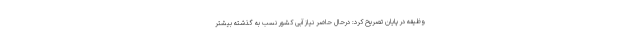
وظیفه در پایان تصریح کرد: درحال حاضر نیاز آبی کشور نسب به گذشته بیشتر